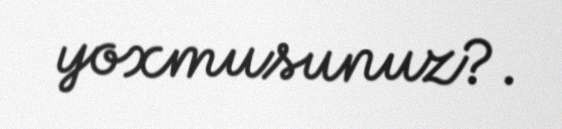
yoxmusunuz?.